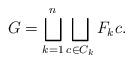
LaTeX: \begin{align*}G = \bigsqcup_{k=1}^n \bigsqcup_{c\in C_k } F_k c .\end{align*}